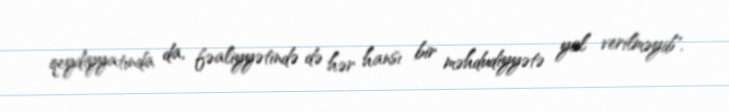
qeydiyyatında da, fəaliyyətində də hər hansı bir məhdudiyyətə yol verilməyib".